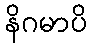
နိဂမာပိ